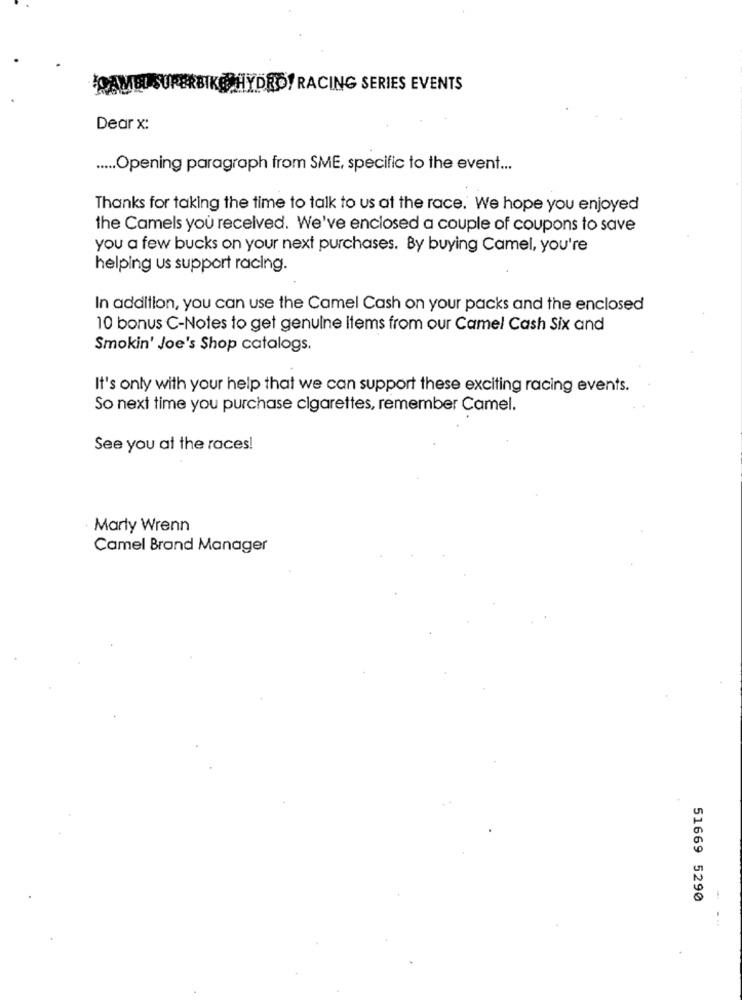
JOAMBI SUPERBIKE HYDRO! RACING SERIES EVENTS
Dear x:
..... Opening paragraph from SME, specific to the event ...
Thanks for taking the time to talk to us at the race. We hope you enjoyed
the Camels you received. We've enclosed a couple of coupons to save
you a few bucks on your next purchases. By buying Camel, you're
helping us support racing.
In addition, you can use the Camel Cash on your packs and the enclosed
10 bonus C-Notes to get genuine items from our Camel Cash Six and
Smokin' Joe's Shop catalogs.
It's only with your help that we can support these exciting racing events.
So next time you purchase cigarettes, remember Camel.
See you at the races!
Marly Wrenn
Camel Brand Manager
51669 5290